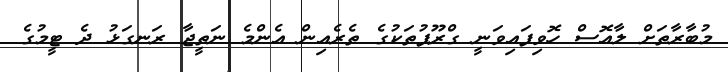
މުބާރާތަށް ލާއޮސް ހޮވިފައިވަނީ ގްރޫޕުތަކުގެ ތެރެއިން އެންމެ ނަތީޖާ ރަނގަޅު ދެ ޓީމުގެ